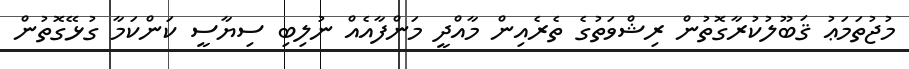
މުޖުތަމަޢު ޤަބޫލުކުރާގޮތުން ރިޝްވަތުގެ ތެރެއިން މާއްދީ މަންފާއެއް ނުލިބި ސިޔާސީ ކަންކަމާ ގުޅޭގޮތުން